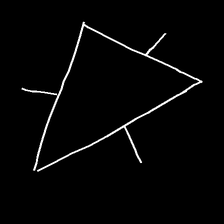
Glyph: fire